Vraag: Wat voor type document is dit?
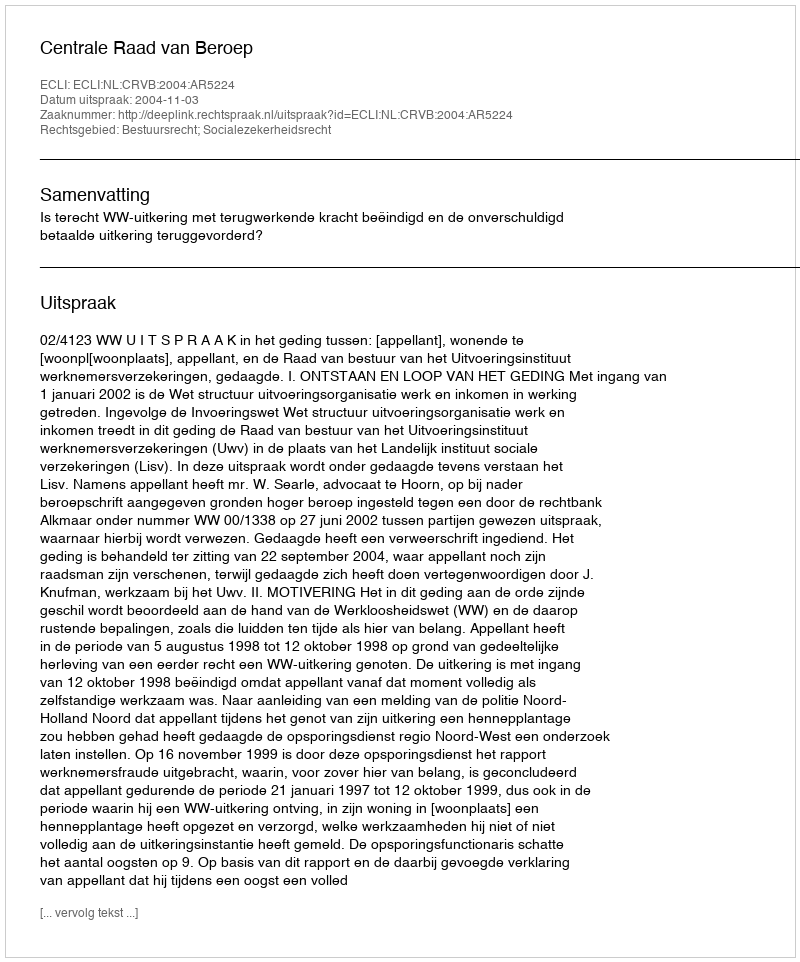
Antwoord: Uitspraak